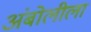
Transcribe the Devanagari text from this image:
अंबोलीला